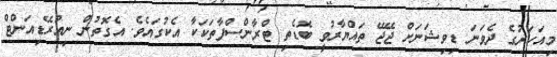
މިއަހަރުގެ ދެވަނަ ޑިވިޝަނަށް ޖޭޖޭ ތައްޔާރުވީ ބޮޑެތި ޓްރާންސްފާތަކަކާ އެކުގައެވެ. އެގޮތުން ނިއުރޭޑިއަންޓް